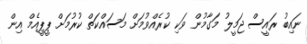
ނައިބު ރައީސް ޖަމީލު މަގާމުން ވަކި ކުރެއްވުމަށް މަސައްކަތް ކުރުމަށް ޕީޕީއެމް އިން